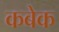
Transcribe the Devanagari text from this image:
कबेक